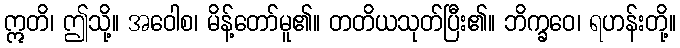
ဣတိ၊ ဤသို့။ အဝေါစ၊ မိန့်တော်မူ၏။ တတိယသုတ်ပြီး၏။ ဘိက္ခဝေ၊ ရဟန်းတို့။